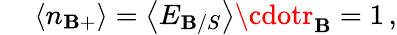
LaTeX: \quad\: \left<n_{\mathbf{B}+}\right>=\left<E_{\mathbf{B}/S}\right>\cdotr_{\mathbf{B}}=1\, ,